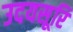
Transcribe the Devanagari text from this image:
उदयसूरि